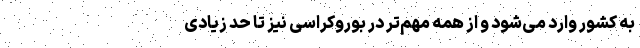
به کشور وارد می‌شود و از همه مهم‌تر در بوروکراسی نیز تا حد زیادی